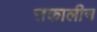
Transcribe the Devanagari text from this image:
त्तकालीन